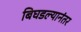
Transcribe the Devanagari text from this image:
बिघडल्यानंतर